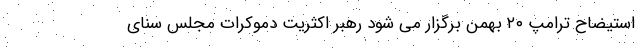
استیضاح ترامپ ۲۰ بهمن برگزار می شود رهبر اکثریت دموکرات مجلس سنای